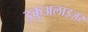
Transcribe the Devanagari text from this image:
इकुअलाइज़र